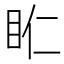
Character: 𥄰